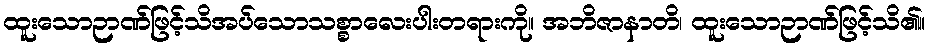
ထူးသောဉာဏ်ဖြင့်သိအပ်သောသစ္စာလေးပါးတရားကို။ အဘိဇာနာတိ၊ ထူးသောဉာဏ်ဖြင့်သိ၏။